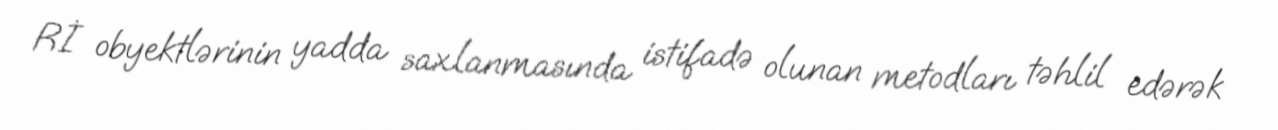
Rİ obyektlərinin yadda saxlanmasında istifadə olunan metodları təhlil edərək